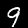
Label: 9